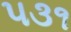
૫૩૧